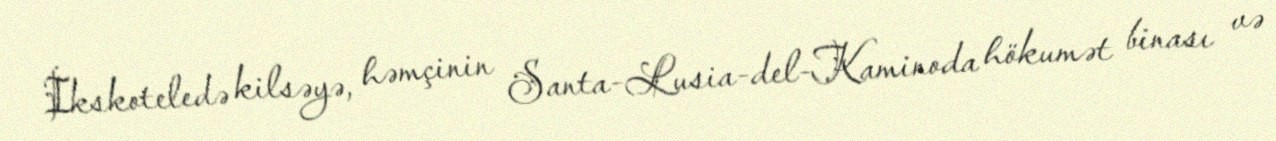
İkskoteledə kilsəyə, həmçinin Santa-Lusia-del-Kaminoda hökumət binası və